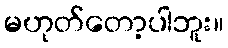
မဟုတ်တော့ပါဘူး။